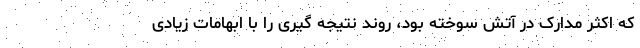
که اکثر مدارک در آتش سوخته بود، روند نتیجه گیری را با ابهامات زیادی